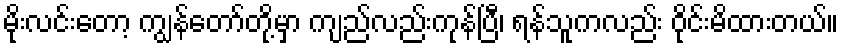
မိုးလင်းတော့ ကျွန်တော်တို့မှာ ကျည်လည်းကုန်ပြီ၊ ရန်သူကလည်း ဝိုင်းမိထားတယ်။